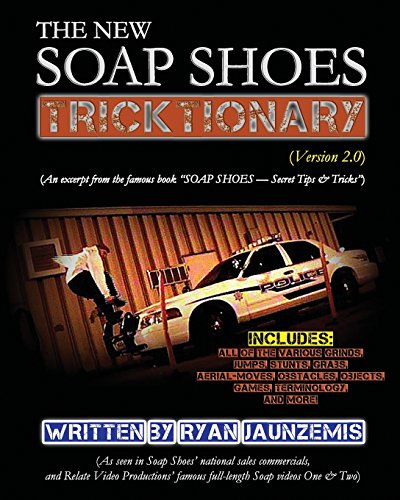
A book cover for The New Soap Shoes Tricktionary Version 2.0; Ryan C Jaunzemis; Sports & Outdoors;